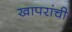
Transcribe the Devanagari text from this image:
खापरांची